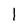
Character: I